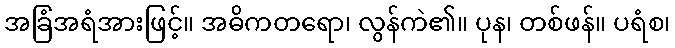
အခြံအရံအားဖြင့်။ အဓိကတရော၊ လွန်ကဲ၏။ ပုန၊ တစ်ဖန်။ ပရံစ၊